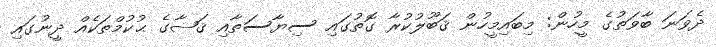
ދެވަނަ ބާވަތުގެ މީހުން: މިބައިމީހުން ޤަބޫލުކުރާ ގޮތުގައި ސިޔާސަތާއި ޤަޟާގެ ޙުކުމްތަކެއް ދީނުގައި